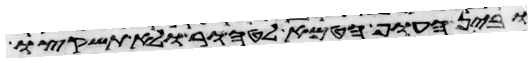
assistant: ובין העוף הטמא לטהור ולא תשקצו